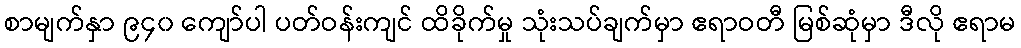
စာမျက်နှာ ၉၄၀ ကျော်ပါ ပတ်ဝန်းကျင် ထိခိုက်မှု သုံးသပ်ချက်မှာ ဧရာဝတီ မြစ်ဆုံမှာ ဒီလို ဧရာမ